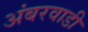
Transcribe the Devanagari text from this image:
अंबरवाडी